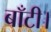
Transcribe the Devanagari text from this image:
बाँटी।